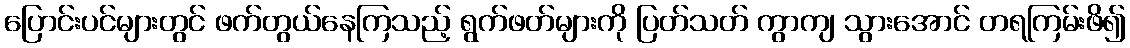
ပြောင်းပင်များတွင် ဖက်တွယ်နေကြသည့် ရွက်ဖတ်များကို ပြတ်သတ် ကွာကျ သွားအောင် တရကြမ်းဖိ၍